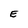
Character: E